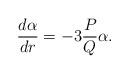
LaTeX: \begin{align*}\frac{d\alpha}{dr}=-3\frac{P}{Q}\alpha.\end{align*}